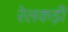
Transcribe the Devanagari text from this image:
रेलकड़ी